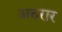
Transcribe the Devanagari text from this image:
अरुरार